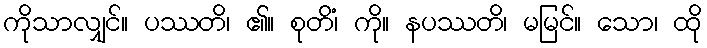
ကိုသာလျှင်။ ပဿတိ၊ ၏။ စုတိံ၊ ကို။ နပဿတိ၊ မမြင်။ သော၊ ထို